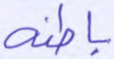
باطنه